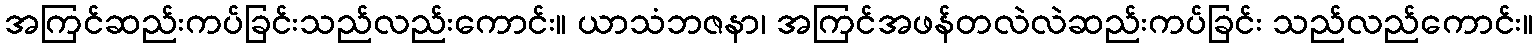
အကြင်ဆည်းကပ်ခြင်းသည်လည်းကောင်း။ ယာသံဘဇနာ၊ အကြင်အဖန်တလဲလဲဆည်းကပ်ခြင်း သည်လည်ကောင်း။